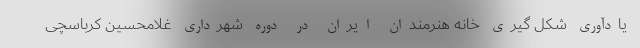
یادآوری شکل گیری خانه هنرمندان ایران در دوره شهرداری غلامحسین کرباسچی